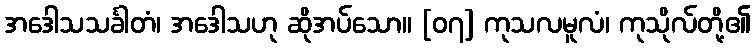
အဒေါသသင်္ခါတံ၊ အဒေါသဟု ဆိုအပ်သော။ [၀၇] ကုသလမူလံ၊ ကုသိုလ်တို့၏